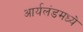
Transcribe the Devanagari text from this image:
आर्यलंडमध्ये